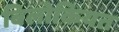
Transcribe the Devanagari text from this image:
बिलोकियत